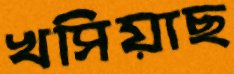
খসিয়াছ